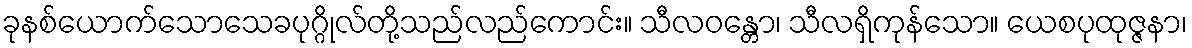
ခုနစ်ယောက်သောသေခပုဂ္ဂိုလ်တို့သည်လည်ကောင်း။ သီလဝန္တော၊ သီလရှိကုန်သော။ ယေစပုထုဇ္ဇနာ၊